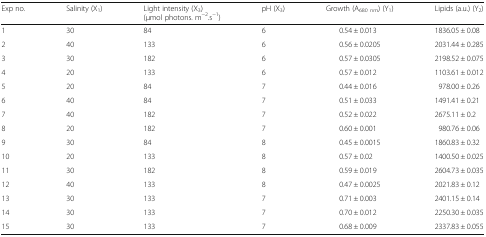
<table><thead><tr><td><b>Exp no.</b></td><td><b>Salinity (X<sub>1</sub>)</b></td><td><b>Light intensity (X<sub>3</sub>) (μmol photons. m<sup>−2</sup>.s<sup>−1</sup>)</b></td><td><b>pH (X<sub>3</sub>)</b></td><td><b>Growth (A<sub>680 nm</sub>) (Y<sub>1</sub>)</b></td><td><b>Lipids (a.u.) (Y<sub>2</sub>)</b></td></tr></thead><tbody><tr><td>1</td><td>30</td><td>84</td><td>6</td><td>0.54 ± 0.013</td><td>1836.05 ± 0.08</td></tr><tr><td>2</td><td>40</td><td>133</td><td>6</td><td>0.56 ± 0.0205</td><td>2031.44 ± 0.285</td></tr><tr><td>3</td><td>30</td><td>182</td><td>6</td><td>0.57 ± 0.0305</td><td>2198.52 ± 0.075</td></tr><tr><td>4</td><td>20</td><td>133</td><td>6</td><td>0.57 ± 0.012</td><td>1103.61 ± 0.012</td></tr><tr><td>5</td><td>20</td><td>84</td><td>7</td><td>0.44 ± 0.016</td><td>978.00 ± 0.26</td></tr><tr><td>6</td><td>40</td><td>84</td><td>7</td><td>0.51 ± 0.033</td><td>1491.41 ± 0.21</td></tr><tr><td>7</td><td>40</td><td>182</td><td>7</td><td>0.52 ± 0.022</td><td>2675.11 ± 0.2</td></tr><tr><td>8</td><td>20</td><td>182</td><td>7</td><td>0.60 ± 0.001</td><td>980.76 ± 0.06</td></tr><tr><td>9</td><td>30</td><td>84</td><td>8</td><td>0.45 ± 0.0015</td><td>1860.83 ± 0.32</td></tr><tr><td>10</td><td>20</td><td>133</td><td>8</td><td>0.57 ± 0.02</td><td>1400.50 ± 0.025</td></tr><tr><td>11</td><td>30</td><td>182</td><td>8</td><td>0.59 ± 0.019</td><td>2604.73 ± 0.035</td></tr><tr><td>12</td><td>40</td><td>133</td><td>8</td><td>0.47 ± 0.0025</td><td>2021.83 ± 0.12</td></tr><tr><td>13</td><td>30</td><td>133</td><td>7</td><td>0.71 ± 0.003</td><td>2401.15 ± 0.14</td></tr><tr><td>14</td><td>30</td><td>133</td><td>7</td><td>0.70 ± 0.012</td><td>2250.30 ± 0.035</td></tr><tr><td>15</td><td>30</td><td>133</td><td>7</td><td>0.68 ± 0.009</td><td>2337.83 ± 0.055</td></tr></tbody></table>